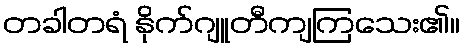
တခါတရံ နိုက်ဂျူတီကျကြသေး၏။